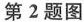
第2题图